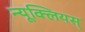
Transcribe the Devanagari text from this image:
न्यूक्लियस्